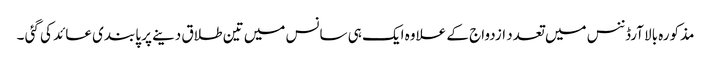
مذکورہ بالا آرڈننس میں تعدد ازدواج کے علاوہ ایک ہی سانس میں تین طلاق دینے پر پابندی عائد کی گئی ۔